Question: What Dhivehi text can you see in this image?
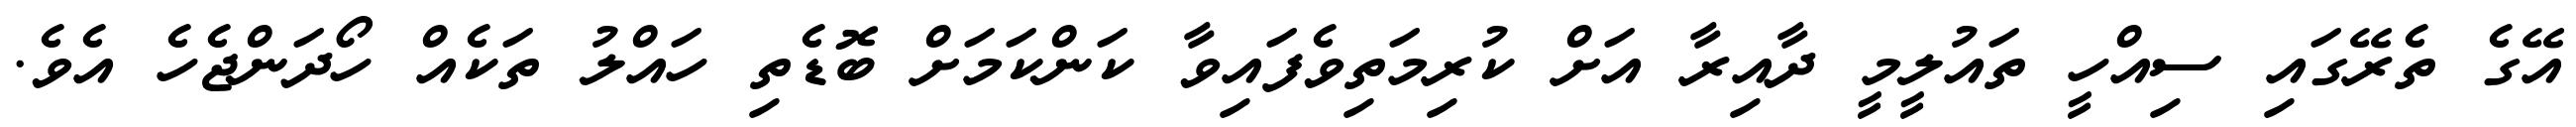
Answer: އޭގެ ތެރޭގައި ސިއްހީ ތައުލީމީ ދާއިރާ އަށް ކުރިމަތިވެފައިވާ ކަންކަމަށް ބޮޑެތި ހައްލު ތަކެއް ހޯދަންޖެހެ އެވެ.